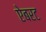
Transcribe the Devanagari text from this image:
ऐबरट